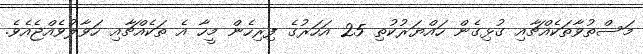
މަސްތުވާތަކެއްޗާއި ގުޅިގެން ހައްޔަރުކުތި 25 އަހަރުގެ ފިރިހެން މީހާ އެ ތަކެއްޗާއި ހަވާލުވެއްޖެއެވެ.